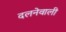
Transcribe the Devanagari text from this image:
दलनेवाली